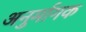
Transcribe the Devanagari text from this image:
अनुर्मागक